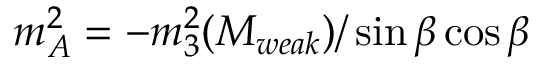
m _ { A } ^ { 2 } = - m _ { 3 } ^ { 2 } ( M _ { w e a k } ) / \sin \beta \cos \beta